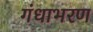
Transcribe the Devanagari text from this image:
गंधाभरण